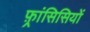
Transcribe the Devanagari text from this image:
फ़्रांसिसियों